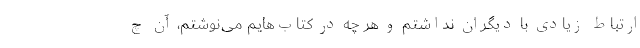
ارتباط زیادی با دیگران نداشتم و هر چه در کتاب‌هایم می‌نوشتم، آن چ